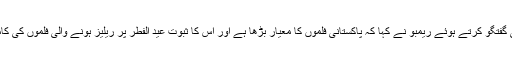
خصوصی گفتگو کرتے ہوئے ریمبو نے کہا کہ پاکستانی فلموں کا معیار بڑھا ہے اور اس کا ثبوت عید الفطر پر ریلیز ہونے والی فلموں کی کامیابی ہے۔